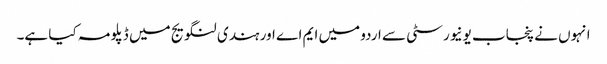
انہوں نے پنجاب یونیورسٹی سے اردو میں ایم اے اور ہندی لنگویج میں ڈپلو مہ کیا ہے۔